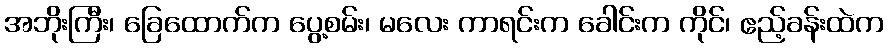
အဘိုးကြီး၊ ခြေထောက်က ပွေ့စမ်း၊ မလေး ကာရင်းက ခေါင်းက ကိုင်၊ ဧည့်ခန်းထဲက